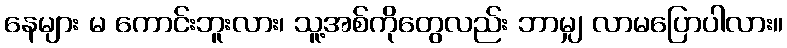
နေများ မ ကောင်းဘူးလား၊ သူ့အစ်ကိုတွေလည်း ဘာမျှ လာမပြောပါလား။